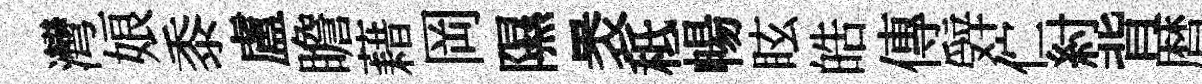
灣娘黍盧瞻藉岡隰褁秪暢眩皓傳辤伫紂背暦